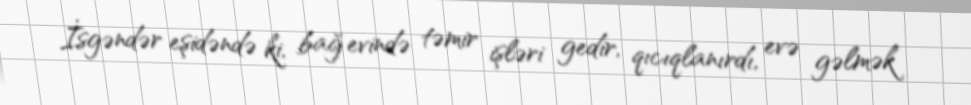
İsgəndər eşidəndə ki, bağ evində təmir işləri gedir, qıcıqlanırdı, evə gəlmək